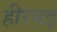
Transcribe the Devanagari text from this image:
हीरबइ